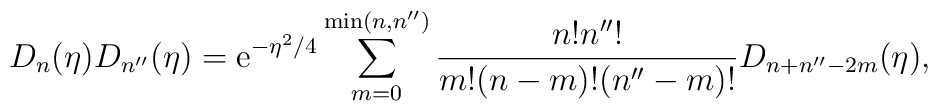
D_n(\eta) D_{n''}(\eta) = {\rm e}^{- \eta^2/4} \sum_{m=0}^{{\rm min}(n, n'')} \frac{n! n''!}{m! (n-m)! (n''-m)!} D_{n+n''-2m}(\eta),